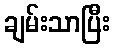
ချမ်းသာပြီး